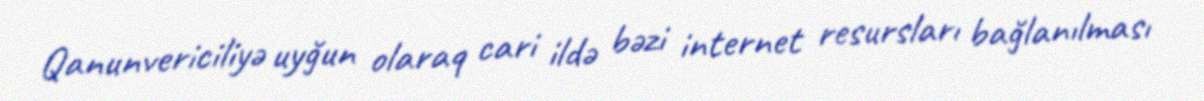
Qanunvericiliyə uyğun olaraq cari ildə bəzi internet resursları bağlanılması